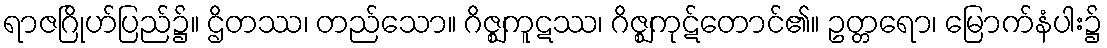
ရာဇဂြိုဟ်ပြည်၌။ ဌိတဿ၊ တည်သော။ ဂိဇ္ဈကူဋဿ၊ ဂိဇ္ဈကုဋ်တောင်၏။ ဥတ္တရော၊ မြောက်နံပါး၌